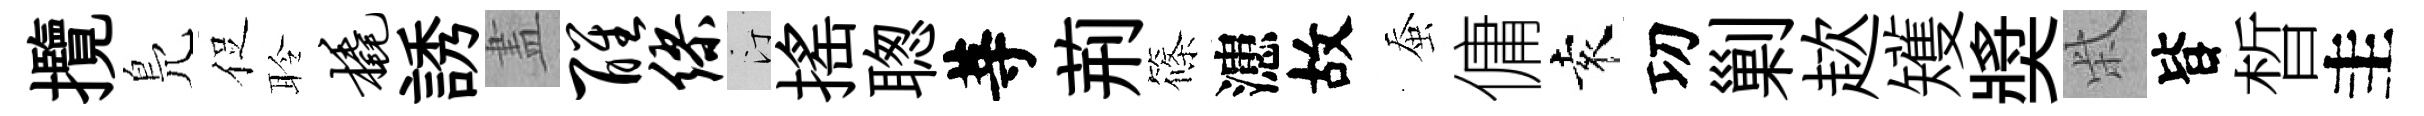
攬鳬促聆橇誘𥁞醒缪汀揺聦䓁荊篠漶故蚕傭袁㓛剿趑矱奬柴𣅜晳圭